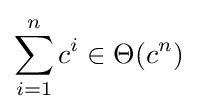
\sum _{i=1}^{n}c^{i}\in \Theta (c^{n})